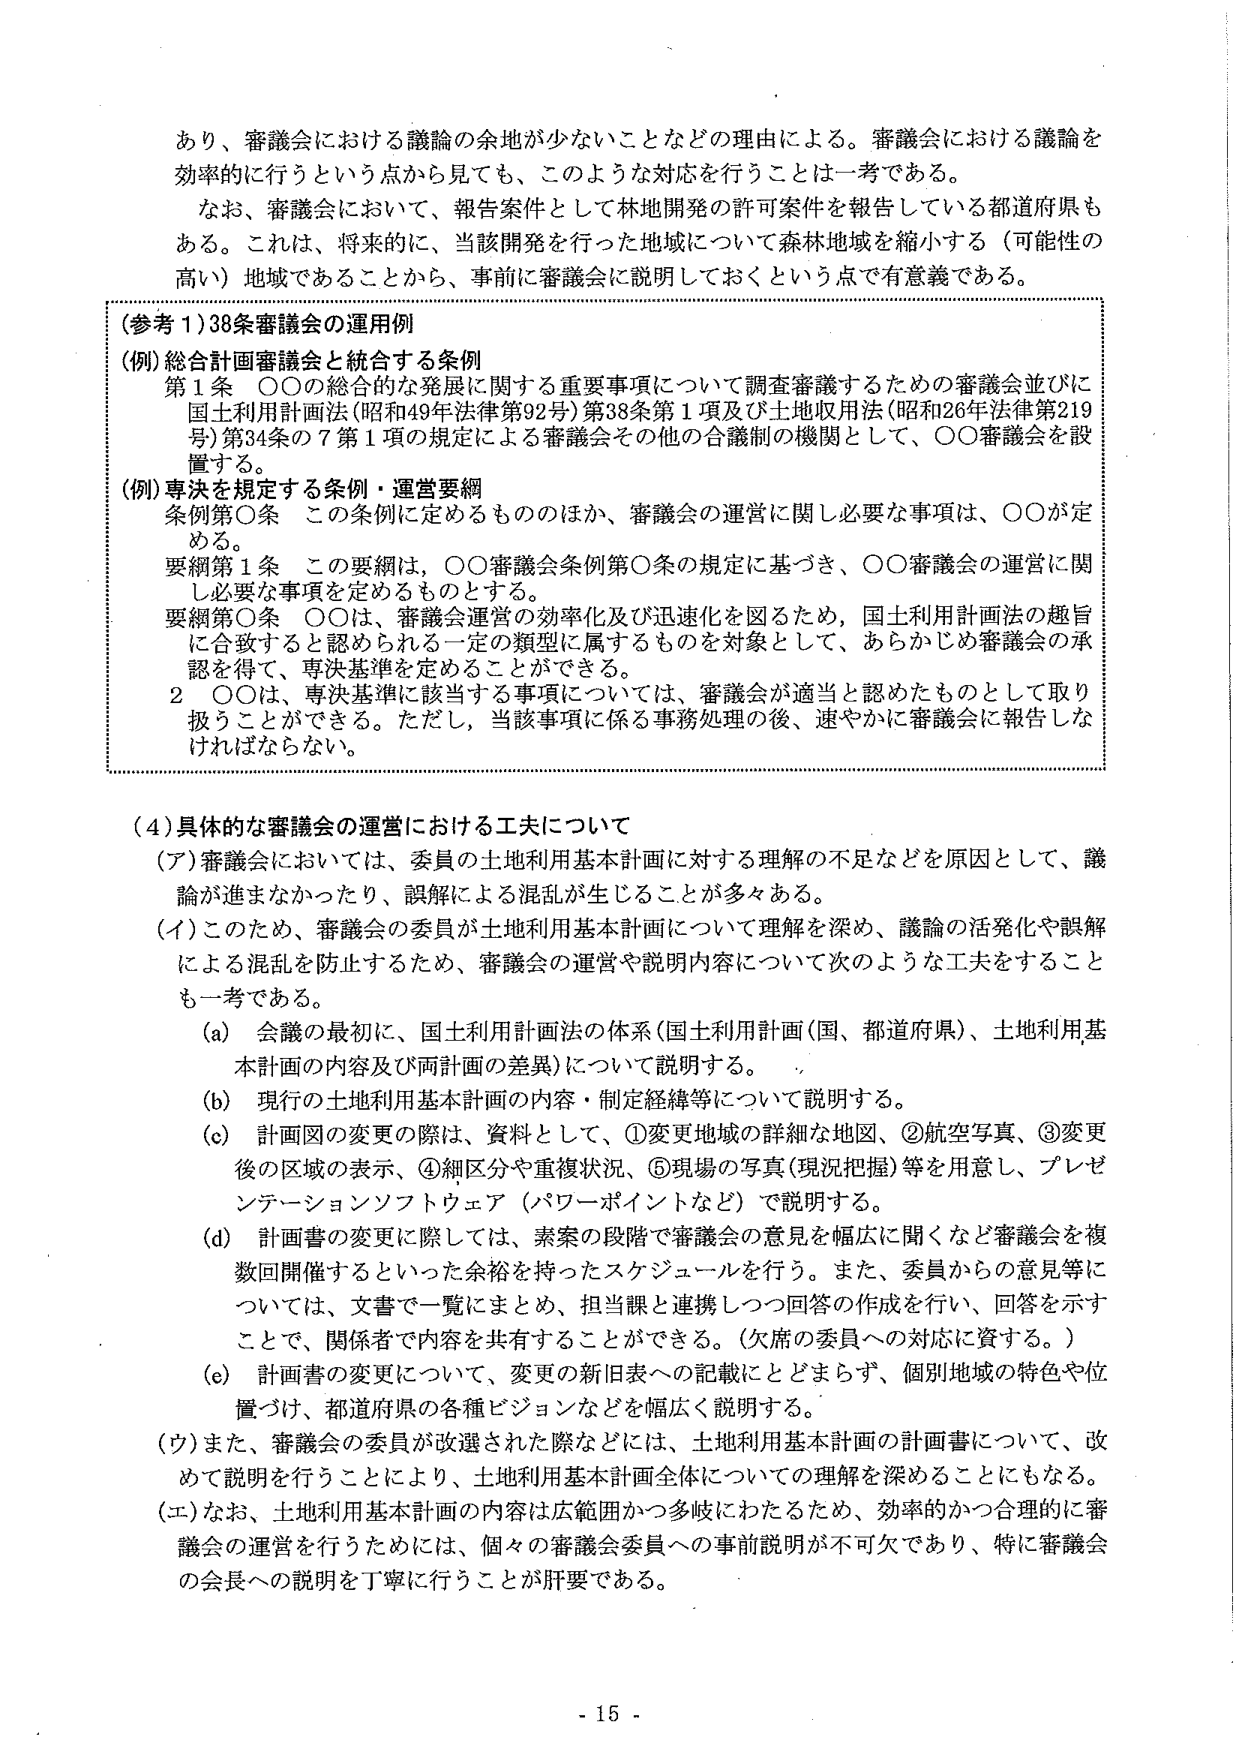
あり、審議会における議論の余地が少ないことなどの理由による。審議会における議論を効率的に行うという点から見ても、このような対応を行うことは一考である。

なお、審議会において、報告案件として林地開発の許可案件を報告している都道府県もある。これは、将来的に、当該開発を行った地域について森林地域を縮小する（可能性の高い）地域であることから、事前に審議会に説明しておくという点で有意義である。

（参考１）38条審議会の運用例

（例）総合計画審議会と統合する条例
第１条　○○の総合的な発展に関する重要事項について調査審議するための審議会並びに国土利用計画法（昭和49年法律第92号）第38条第１項及び土地収用法（昭和26年法律第219号）第34条の７第１項の規定による審議会その他の合議制の機関として、○○審議会を設置する。

（例）専決を規定する条例・運営要綱
条例第○条　この条例に定めるもののほか、審議会の運営に関し必要な事項は、○○が定める。
要綱第１条　この要綱は、○○審議会条例第○条の規定に基づき、○○審議会の運営に関し必要な事項を定めるものとする。
要綱第○条　○○は、審議会運営の効率化及び迅速化を図るため、国土利用計画法の趣旨に合致すると認められる一定の類型に属するものを対象として、あらかじめ審議会の承認を得て、専決基準を定めることができる。
２　○○は、専決基準に該当する事項については、審議会が適当と認めたものとして取り扱うことができる。ただし、当該事項に係る事務処理の後、速やかに審議会に報告しなければならない。

（４）具体的な審議会の運営における工夫について

（ア）審議会においては、委員の土地利用基本計画に対する理解の不足などを原因として、議論が進まなかったり、誤解による混乱が生じることが多々ある。

（イ）このため、審議会の委員が土地利用基本計画について理解を深め、議論の活発化や誤解による混乱を防止するため、審議会の運営や説明内容について次のような工夫をすることも一考である。

　（a）会議の最初に、国土利用計画法の体系（国土利用計画（国、都道府県）、土地利用基本計画の内容及び両計画の差異）について説明する。

　（b）現行の土地利用基本計画の内容・制定経緯等について説明する。

　（c）計画図の変更の際は、資料として、①変更地域の詳細な地図、②航空写真、③変更後の区域の表示、④細区分や重複状況、⑤現場の写真（現況把握）等を用意し、プレゼンテーションソフトウェア（パワーポイントなど）で説明する。

　（d）計画書の変更に際しては、素案の段階で審議会の意見を幅広に聞くなど審議会を複数回開催するといった余裕を持ったスケジュールを行う。また、委員からの意見等については、文書で一覧にまとめ、担当課と連携しつつ回答の作成を行い、回答を示すことで、関係者で内容を共有することができる。（欠席の委員への対応に資する。）

　（e）計画書の変更について、変更の新旧表への記載にとどまらず、個別地域の特色や位置づけ、都道府県の各種ビジョンなどを幅広く説明する。

（ウ）また、審議会の委員が改選された際などには、土地利用基本計画の計画書について、改めて説明を行うことにより、土地利用基本計画全体についての理解を深めることにもなる。

（エ）なお、土地利用基本計画の内容は広範囲かつ多岐にわたるため、効率的かつ合理的に審議会の運営を行うためには、個々の審議会委員への事前説明が不可欠であり、特に審議会の会長への説明を丁寧に行うことが肝要である。

- 15 -